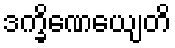
ဒက္ခိဏေယျေတိ